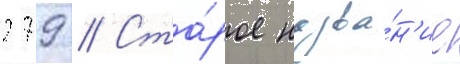
279 // Ста́рое назва́н'ие